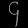
Digit: ၄